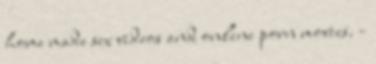
home made sex videos and online porn movies. -